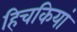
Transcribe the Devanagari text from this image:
हिचकियां